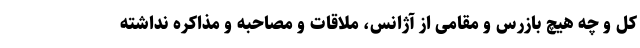
کل و چه هیچ بازرس و مقامی از آژانس، ملاقات و مصاحبه و مذاکره نداشته